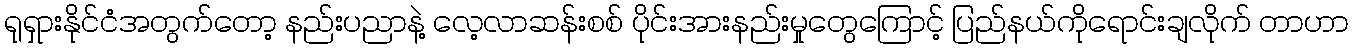
ရုရှားနိုင်ငံအတွက်တော့ နည်းပညာနဲ့ လေ့လာဆန်းစစ် ပိုင်းအားနည်းမှုတွေကြောင့် ပြည်နယ်ကိုရောင်းချလိုက် တာဟာ